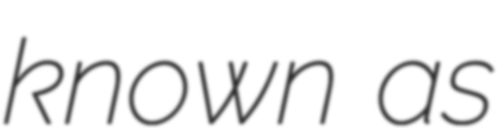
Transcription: known as